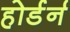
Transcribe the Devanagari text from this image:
होर्डर्न